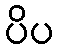
ပိပ